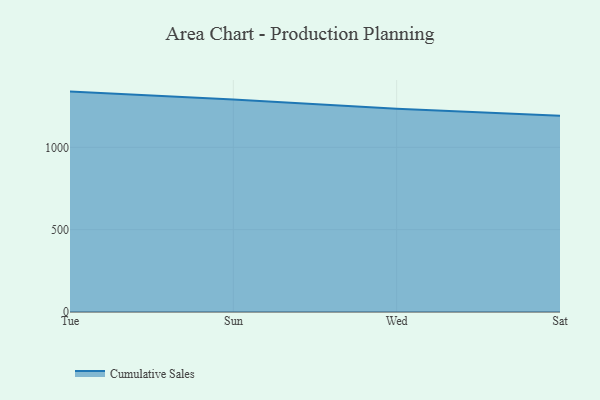
{"axis": {"x": "Day", "y": "Shipments"}, "legend": ["Cumulative Sales"], "data": [{"x": "Tue", "y": 1338.3, "type": "Cumulative Sales"}, {"x": "Sun", "y": 1290.7, "type": "Cumulative Sales"}, {"x": "Wed", "y": 1234.4, "type": "Cumulative Sales"}, {"x": "Sat", "y": 1191.9, "type": "Cumulative Sales"}]}